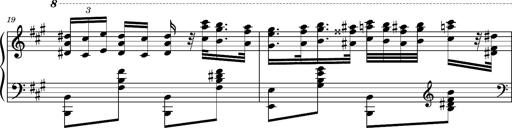
Title: Ungarischer Romanzero
Composer: Franz Liszt